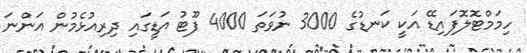
ހިމަމްޓޮލޮފައިޑޭ އަކީ ކަނޑުގެ 3000 ނުވަތަ 4000 ފޫޓު އަޑީގައި ދިރިއުޅެމުން އަންނަ